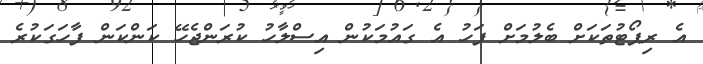
އެ ރިޕޯޓުތަކަށް ބެލުމަށް ފަހު އެ ގައުމަކުން އިސްލާހު ކުރަންޖެހޭ ކަންކަން ފާހަގަކުރެ